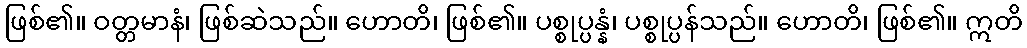
ဖြစ်၏။ ဝတ္တမာနံ၊ ဖြစ်ဆဲသည်။ ဟောတိ၊ ဖြစ်၏။ ပစ္စုပ္ပန္နံ၊ ပစ္စုပ္ပန်သည်။ ဟောတိ၊ ဖြစ်၏။ ဣတိ